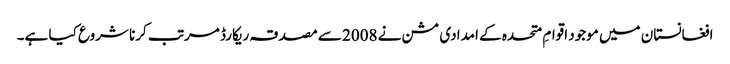
افغانستان میں موجود اقوامِ متحدہ کے امدادی مشن نے 2008 سے مصدقہ ریکارڈ مرتب کرنا شروع کیا ہے۔